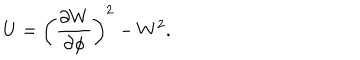
LaTeX: U = \left( \frac { \partial W } { \partial \phi } \right) ^ { 2 } - W ^ { 2 } .